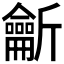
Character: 𪛊